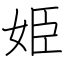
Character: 姫